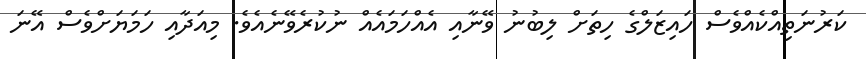
ކަރުނަތިއްކެއްވެސް ހައިޒަލްގެ ހިތަށް ލިބުނު ވޭނާއި އެއްހަމައެއް ނުކުރެވޭނެއެވެ. މިއަދާއި ހަމަޔަށްވެސް އޭނަ